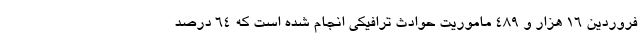
فروردین ۱۶ هزار و ۴۸۹ ماموریت حوادث ترافیکی انجام شده است که ۶۴ درصد